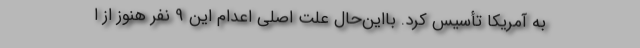
به آمریكا تأسیس كرد. بااین‌حال علت اصلی اعدام این 9 نفر هنوز از ا